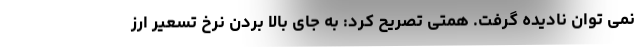
نمی توان نادیده گرفت. همتی تصریح کرد: به جای بالا بردن نرخ تسعیر ارز